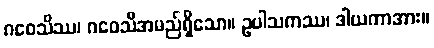
ဂဝေသိဿ၊ ဂဝေသီအမည်ရှိသော။ ဥပါသကဿ၊ ဒါယကာအား။